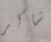
شاكر